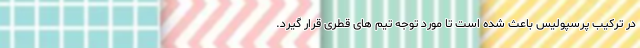
در ترکیب پرسپولیس باعث شده است تا مورد توجه تیم های قطری قرار گیرد.